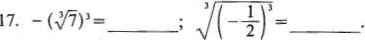
17.$$- ( \sqrt [ 3 ] { 7 } ) ^ { 3 } = $$___; $$\sqrt [ 3 ] { (- \frac { 1 } { 2 } ) ^ { 3 } } =$$___.